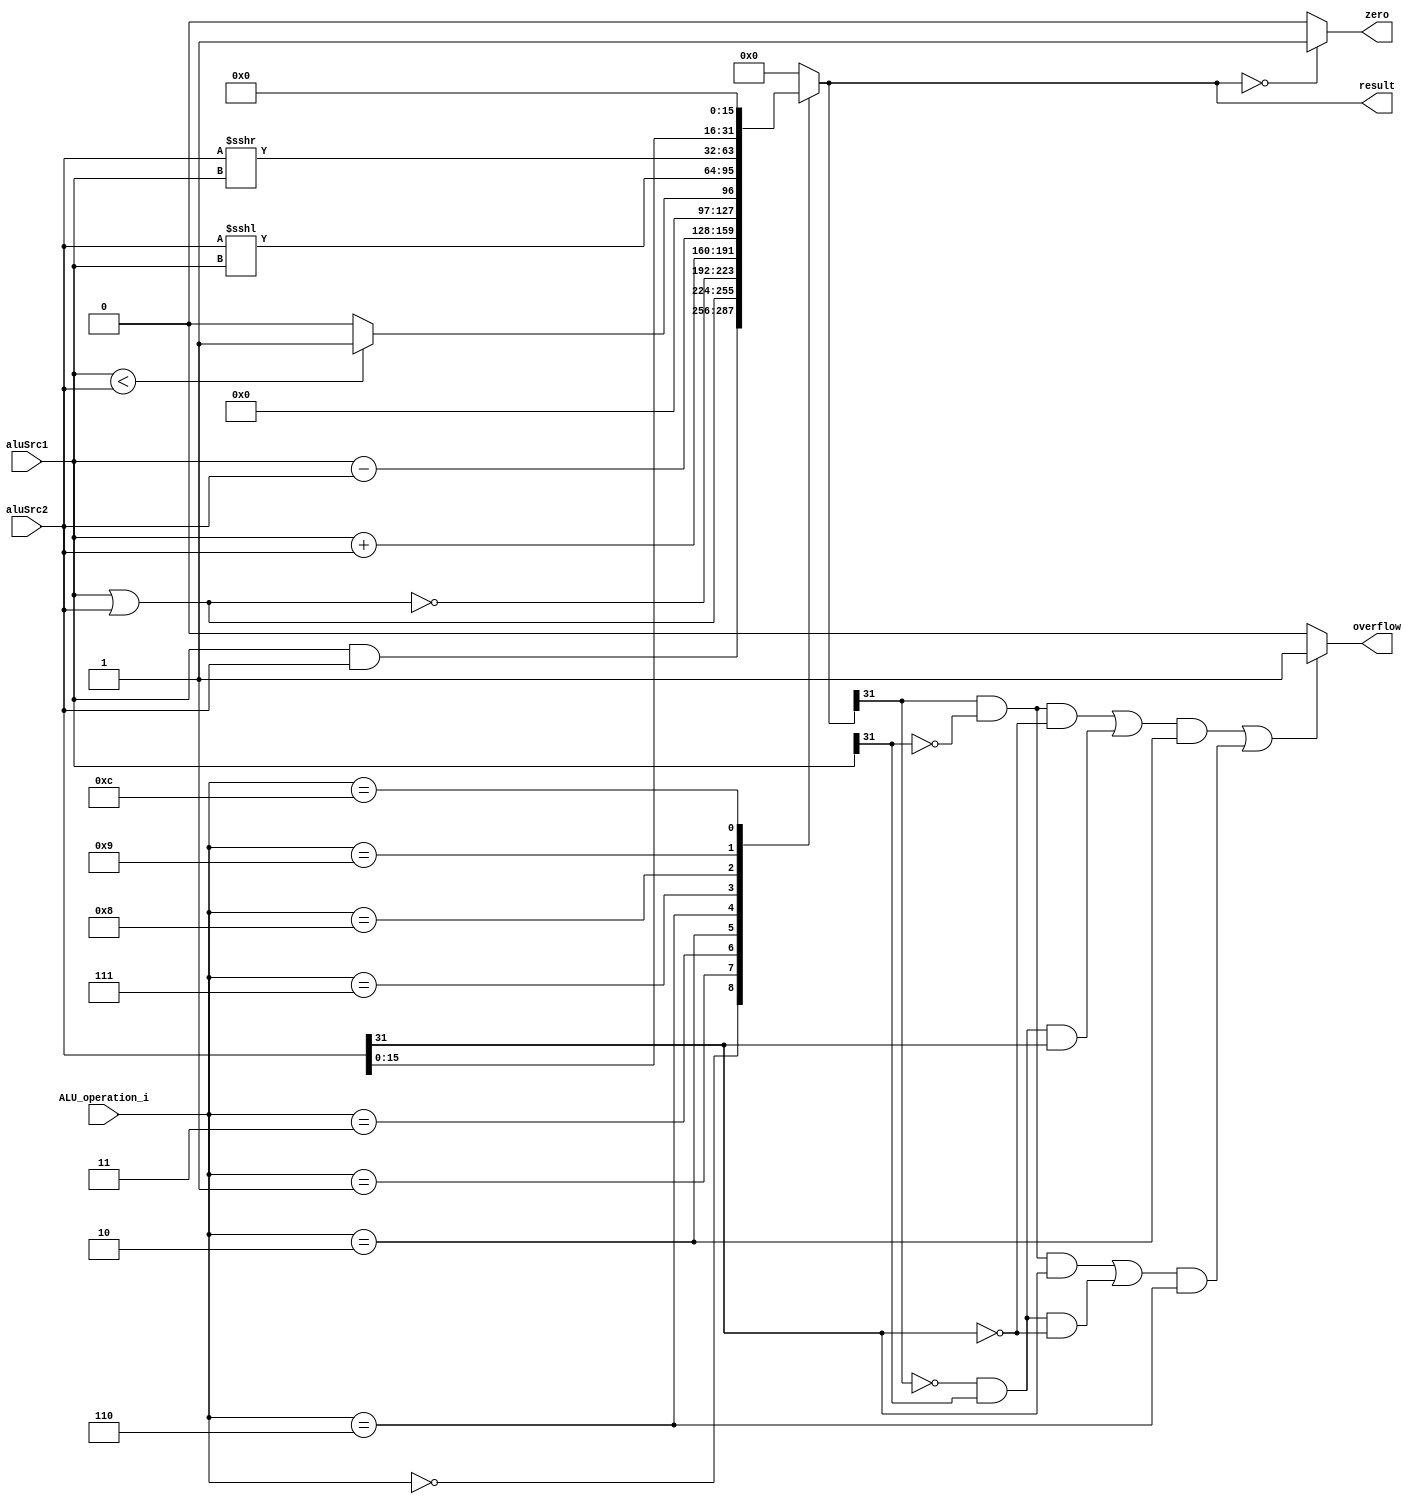
module ALU( aluSrc1, aluSrc2, ALU_operation_i, result, zero, overflow );

//I/O ports 
input	[32-1:0] aluSrc1;
input	[32-1:0] aluSrc2;
input	 [4-1:0] ALU_operation_i;

output	[32-1:0] result;
output			 zero;
output			 overflow;

//Internal Signals
wire			 zero;

wire			 overflow;

wire	[32-1:0] result;



//Main function
/*your code here*/
reg              zeros;
reg			     overflows;
reg     [32-1:0] results;
reg signed [32-1:0] alut1;
reg signed [32-1:0] alut2;
assign zero = zeros;
assign overflow = overflows;
assign result = results;

always @ (aluSrc1 or aluSrc2 or ALU_operation_i) begin
    alut1=aluSrc1;
    alut2=aluSrc2;
	case (ALU_operation_i)
		4'b0000 : results <= aluSrc1 & aluSrc2;
		4'b0001 : results <= aluSrc1 | aluSrc2;
		4'b0011 : results <= ~(aluSrc1 | aluSrc2);
		4'b0010 : results <= aluSrc1 + aluSrc2;
		4'b0110 : results <= aluSrc1 - aluSrc2;
		4'b0111 : results <= alut1 < alut2 ? 1'b1 : 1'b0;
		4'b1000 : results <= $signed(aluSrc2) <<<aluSrc1 ; //Shift right arithmetic
		4'b1001 : results <= $signed(aluSrc2) >>>aluSrc1; //Shift right arithmetic 
		4'b1100 : results <= aluSrc2 <<< 32'd16;
		default : results <= 0;
	endcase
	
	if(results==0) zeros=1;
        else zeros=0;
        
    if((((results[31]==1&& aluSrc1[31]==0&& aluSrc2[31]==0)||(results[31]==0&& aluSrc1[31]==1&& aluSrc2[31]==1))&&ALU_operation_i==4'b0010)||
               (((results[31]==1&& aluSrc1[31]==0&& aluSrc2[31]==1)||(results[31]==0&& aluSrc1[31]==1&& aluSrc2[31]==0))&&ALU_operation_i==4'b0110)) overflows=1;
                  else overflows=0;
end
endmodule